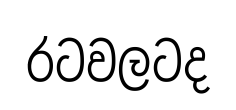
රටවලටද